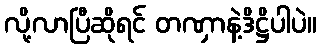
လို့လာပြီဆိုရင် တဏှာနဲ့ဒိဋ္ဌိပါပဲ။